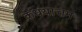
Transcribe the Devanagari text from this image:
कधयात्तम